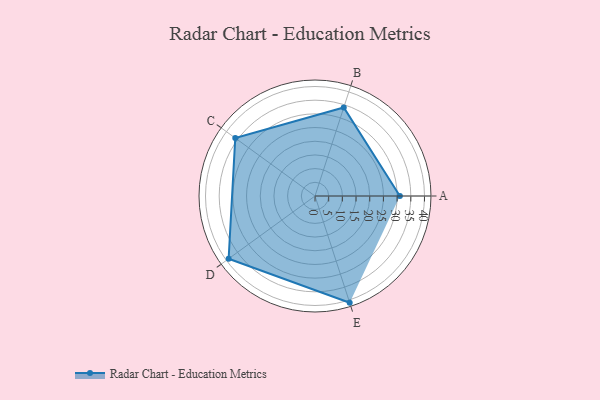
{"axis": {"x": "Skill", "y": "Score"}, "legend": ["Profile"], "data": [{"x": "A", "y": 31.0, "type": "Profile"}, {"x": "B", "y": 34.0, "type": "Profile"}, {"x": "C", "y": 36.0, "type": "Profile"}, {"x": "D", "y": 39.0, "type": "Profile"}, {"x": "E", "y": 41.0, "type": "Profile"}]}